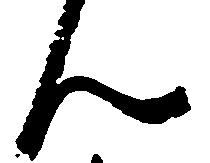
ん